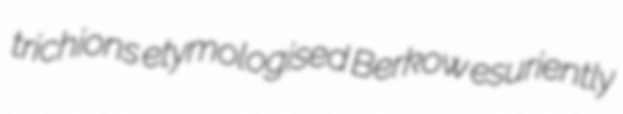
trichions etymologised Berkow esuriently